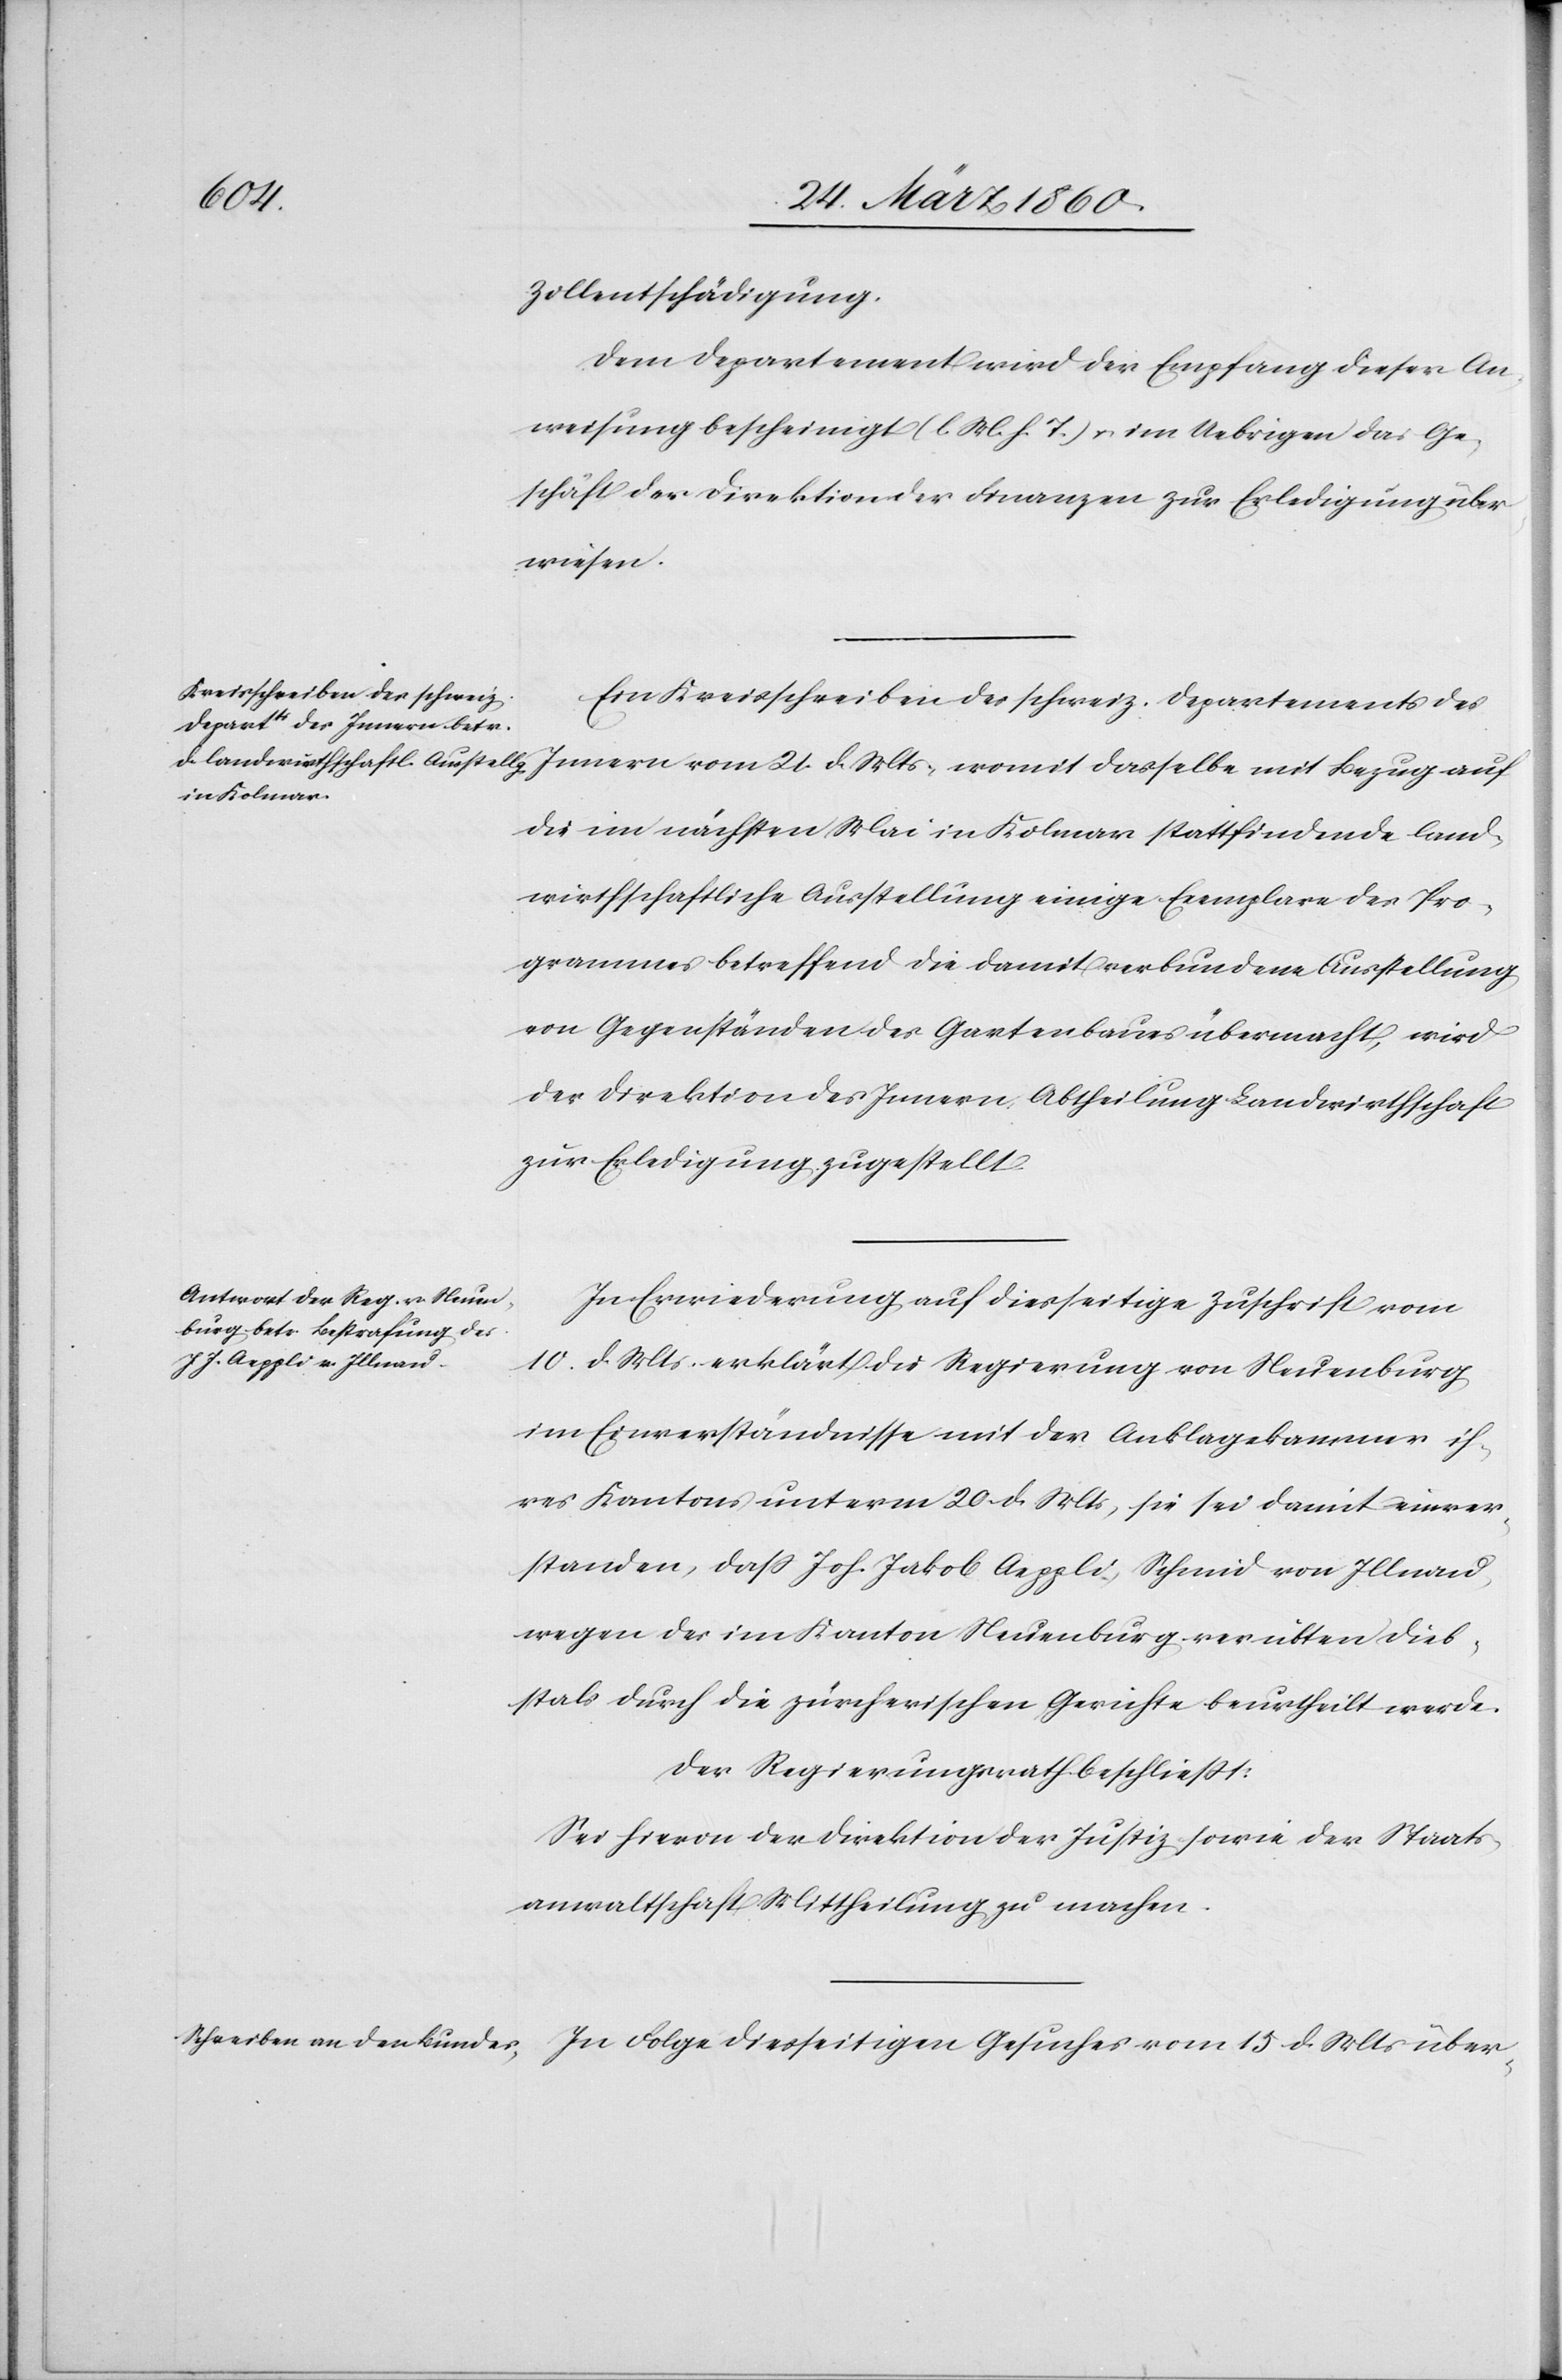
Mts.
Zollentschädigung.
Dem Departement wird der Empfang dieser An¬
weisung bescheinigt [l. M. h. T] u. im Uebrigen das Ge¬
schäft der Direktion der Finanzen zur Erledigung über¬
wiesen.
Ein Kreisschreiben des schweiz. Departements des
Innern vom 21. d. Mts. womit dasselbe mit Bezug auf
die im nächsten Mai in Kolmar stattfindende land¬
wirthschaftliche Ausstellung einige Exemplare des Pro¬
grammes betreffend die damit verbundene Ausstellung
von Gegenständen des Gartenbaues übermacht, wird
der Direktion des Innern, Abtheilung Landwirthschaft
zur Erledigung zugestellt.
In Erwiederung auf diesseitige Zuschrift vom
10. d. Mts. erklärt die Regierung von Neuenburg
im Einverständnisse mit der Anklagekammer ih¬
res Kantons unterm 20. d. Mts., sie sei damit einver¬
standen, dass Joh. Jakob Aeppli, Schmid von Illnau,
wegen des im Kanton Neuenburg verübten Dieb¬
stals durch die zürcherischen Gerichte beurtheilt werde.
Der Regierungsrath beschliesst:
Sei hievon der Direktion der Justiz sowie der Staats¬
anwaltschaft Mittheilung zu machen.